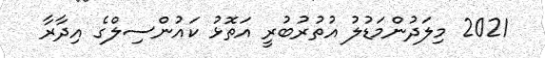
2021 މިލަދުންމަޑުލު އުތުރުބުރީ އަތޮޅު ކައުންސިލްގެ އިދާރާ